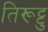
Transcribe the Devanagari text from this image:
तिरूट्टु